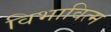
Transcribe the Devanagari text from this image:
विभावित्म